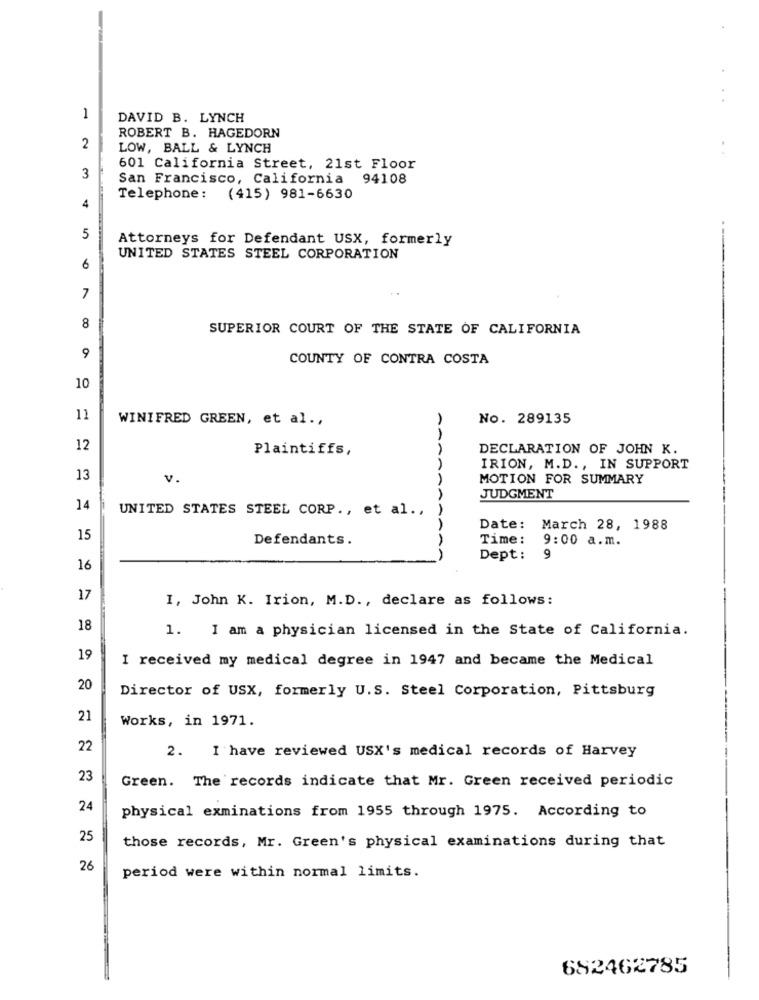
1
DAVID B. LYNCH
ROBERT B. HAGEDORN
2
LOW, BALL & LYNCH
601 California Street, 21st Floor
3
San Francisco, California 94108
Telephone: (415) 981-6630
4
5
Attorneys for Defendant USX, formerly
UNITED STATES STEEL CORPORATION
6
7
8
SUPERIOR COURT OF THE STATE OF CALIFORNIA
9
COUNTY OF CONTRA COSTA
10
11
WINIFRED GREEN, et al .,
No. 289135
12
Plaintiffs,
DECLARATION OF JOHN K.
IRION, M.D ., IN SUPPORT
13
V.
MOTION FOR SUMMARY
JUDGMENT
14
UNITED STATES STEEL CORP ., et al.
Date:
March 28, 1988
15
Defendants.
Time:
9:00 a.m.
Dept:
9
16
17
I, John K. Irion, M.D ., declare as follows:
18
1. I am a physician licensed in the State of California.
19
I received my medical degree in 1947 and became the Medical
20
Director of USX, formerly U.S. Steel Corporation, Pittsburg
21
Works, in 1971.
22
2. I have reviewed USX's medical records of Harvey
23
Green. The records indicate that Mr. Green received periodic
24
physical exminations from 1955 through 1975. According to
25
those records, Mr. Green's physical examinations during that
26
period were within normal limits.
682462785